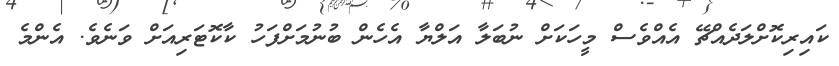
ކައިރިކޮށްލަދެއްޗޭ އެއްވެސް މީހަކަށް ނުބަލާ އަލްޔާ އެހެން ބުނުމަށްފަހު ކާކޮޓަރިއަށް ވަނެވެ. އެންމެ